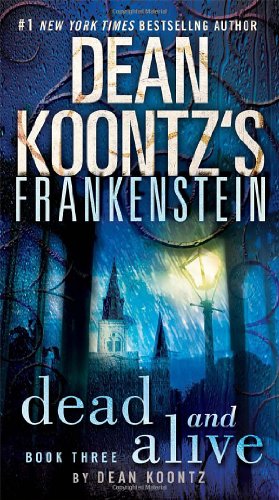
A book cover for Dead and Alive: A Novel (Dean Koontz's Frankenstein, Book 3); Dean Koontz; Mystery, Thriller & Suspense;